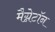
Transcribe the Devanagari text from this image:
मैग्नेटॉन